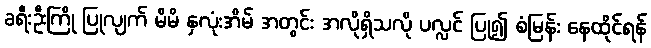
ခရီးဦးကြို ပြုလျက် မိမိ နှလုံးအိမ် အတွင်း အလိုရှိသလို ပလ္လင် ပြု၍ စံမြန်း နေထိုင်ရန်